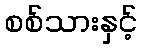
စစ်သားနှင့်